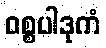
ဝစ္စပါဒုကံ